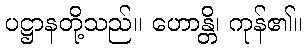
ပဋ္ဌာနတို့သည်။ ဟောန္တိ၊ ကုန်၏။